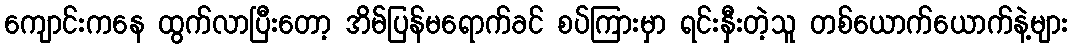
ကျောင်းကနေ ထွက်လာပြီးတော့ အိမ်ပြန်မရောက်ခင် စပ်ကြားမှာ ရင်းနှီးတဲ့သူ တစ်ယောက်ယောက်နဲ့များ